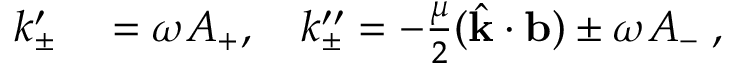
\begin{array} { r l } { k _ { \pm } ^ { \prime } } & { { } = \omega A _ { + } , \quad k _ { \pm } ^ { \prime \prime } = - \frac { \mu } { 2 } ( \hat { \bf { k } } \cdot { \bf { b } } ) \pm \omega A _ { - } \; , } \end{array}